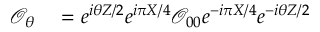
\begin{array} { r l } { \mathcal { O } _ { \theta } } & { { } = e ^ { i \theta Z / 2 } e ^ { i \pi X / 4 } \mathcal { O } _ { 0 0 } e ^ { - i \pi X / 4 } e ^ { - i \theta Z / 2 } } \end{array}